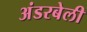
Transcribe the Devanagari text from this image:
अंडरबेली